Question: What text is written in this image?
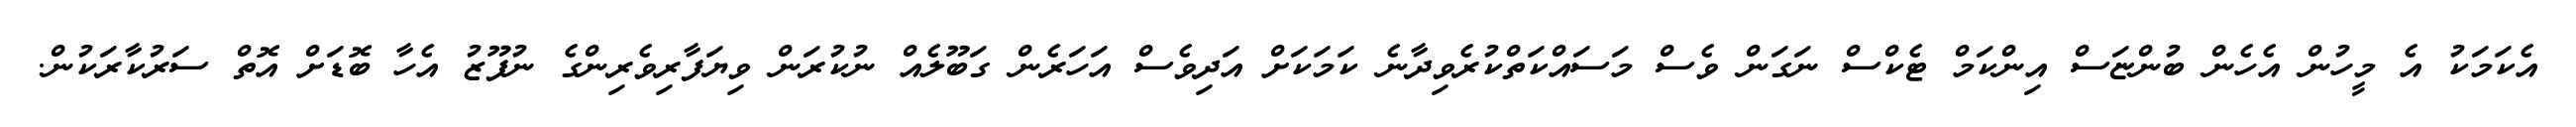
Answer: އެކަމަކު އެ މީހުން އެހެން ބުންޏަސް އިންކަމް ޓެކްސް ނަގަން ވެސް މަސައްކަތްކުރެވިދާނެ ކަމަކަށް އަދިވެސް އަހަރެން ގަބޫލެއް ނުކުރަން ވިޔަފާރިވެރިންގެ ނުފޫޒު އެހާ ބޮޑަށް އޮތް ސަރުކާރަކުން.